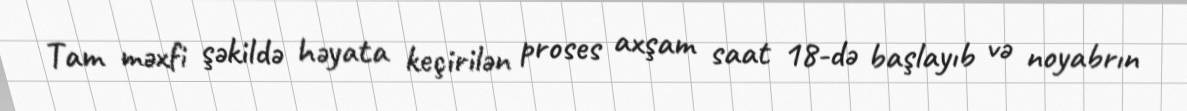
Tam məxfi şəkildə həyata keçirilən proses axşam saat 18-də başlayıb və noyabrın